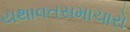
યથાવતસમાચારો